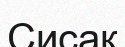
Сисак